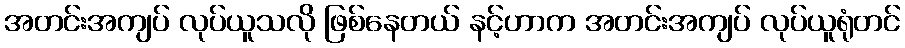
အတင်းအကျပ် လုပ်ယူသလို ဖြစ်နေတယ် နင့်ဟာက အတင်းအကျပ် လုပ်ယူရုံတင်